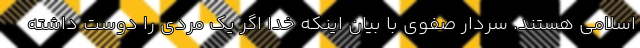
اسلامی هستند. سردار صفوی با بیان اینکه خدا اگر یک مردی را دوست داشته